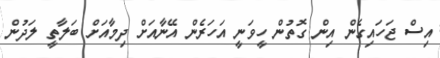
އިސް ޖަހައިގެން އިން ގޮތުން ހީވަނީ އަހަރެން އޭނާއަށް ދިމާއަށް ބަލާތީ ލަދުން